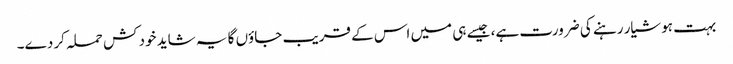
بہت ہوشیار رہنے کی ضرورت ہے، جیسے ہی میں اس کے قریب جاؤں گا یہ شاید خود کش حملہ کر دے۔